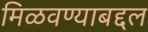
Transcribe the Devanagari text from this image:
मिळवण्याबद्दल